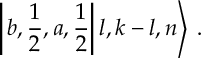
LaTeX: \left| \left. b , \frac { 1 } { 2 } , a , \frac { 1 } { 2 } \right| l , k - l , n \right\rangle \: .